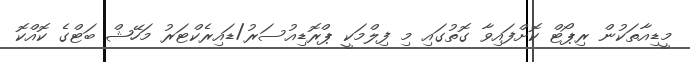
މީޑިއާތަކުން ރިޕޯޓް ކޮށްފައިވާ ގޮތުގައި މި ފިލްމަކީ ޕްރޮޑިއުސަރު/ޑައިރެކްޓަރު މަހޭޝް ބަޓްގެ ކޮއްކޮ